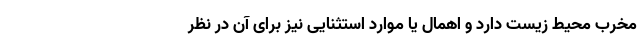
مخرب محیط زیست دارد و اهمال یا موارد استثنایی نیز برای آن در نظر